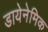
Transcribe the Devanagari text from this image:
डायेनेमिक